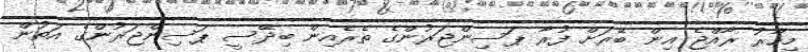
މިހާރު ރާއްޖެ އިން ބޭރަށް ފުރާ ޕަސިންޖަރުންގެ ތެރެއިން ބިދޭސީ ޕަސިންޖަރުންގެ އަތުން